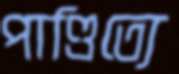
পাণ্ডিত্যে